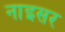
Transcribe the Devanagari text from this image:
नाइसर